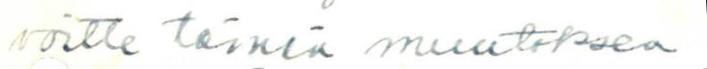
voitte tämän muutoksen